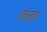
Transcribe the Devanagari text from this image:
खांबा